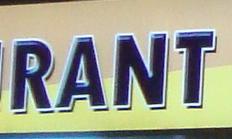
rant